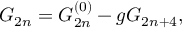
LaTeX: { \cal G } _ { 2 n } = { \cal G } _ { 2 n } ^ { ( 0 ) } - g { \cal G } _ { 2 n + 4 } ,